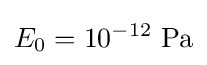
E_{0}=10^{-12}\ \mathrm {Pa}